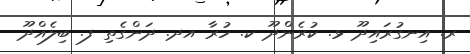
ރ. އިނގުރައިދޫ ޅ. ކުރެންދޫ ކ. ހުރާ އދ. ދަންގެތި ފ. ބިލެއްދޫ